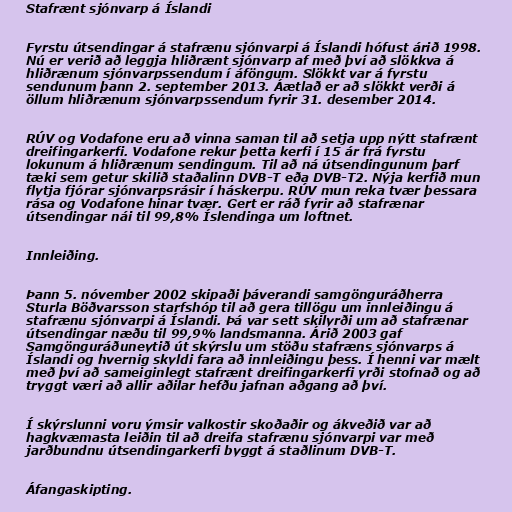
Stafrænt sjónvarp á Íslandi

Fyrstu útsendingar á stafrænu sjónvarpi á Íslandi hófust árið 1998.
Nú er verið að leggja hliðrænt sjónvarp af með því að slökkva á
hliðrænum sjónvarpssendum í áföngum. Slökkt var á fyrstu
sendunum þann 2. september 2013. Áætlað er að slökkt verði á
öllum hliðrænum sjónvarpssendum fyrir 31. desember 2014.

RÚV og Vodafone eru að vinna saman til að setja upp nýtt stafrænt
dreifingarkerfi. Vodafone rekur þetta kerfi í 15 ár frá fyrstu
lokunum á hliðrænum sendingum. Til að ná útsendingunum þarf
tæki sem getur skilið staðalinn DVB-T eða DVB-T2. Nýja kerfið mun
flytja fjórar sjónvarpsrásir í háskerpu. RÚV mun reka tvær þessara
rása og Vodafone hinar tvær. Gert er ráð fyrir að stafrænar
útsendingar nái til 99,8% Íslendinga um loftnet.

Innleiðing.

Þann 5. nóvember 2002 skipaði þáverandi samgönguráðherra
Sturla Böðvarsson starfshóp til að gera tillögu um innleiðingu á
stafrænu sjónvarpi á Íslandi. Þá var sett skilyrði um að stafrænar
útsendingar næðu til 99,9% landsmanna. Árið 2003 gaf
Samgönguráðuneytið út skýrslu um stöðu stafræns sjónvarps á
Íslandi og hvernig skyldi fara að innleiðingu þess. Í henni var mælt
með því að sameiginlegt stafrænt dreifingarkerfi yrði stofnað og að
tryggt væri að allir aðilar hefðu jafnan aðgang að því.

Í skýrslunni voru ýmsir valkostir skoðaðir og ákveðið var að
hagkvæmasta leiðin til að dreifa stafrænu sjónvarpi var með
jarðbundnu útsendingarkerfi byggt á staðlinum DVB-T.

Áfangaskipting.